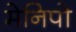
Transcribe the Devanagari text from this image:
मेनिपो